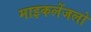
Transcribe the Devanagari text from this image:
माइकलेंजलो